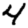
Digit: 4